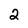
Character: 2